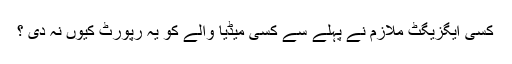
کسی ایگزیگٹ ملازم نے پہلے سے کسی میڈیا والے کو یہ رپورٹ کیوں نہ دی ؟